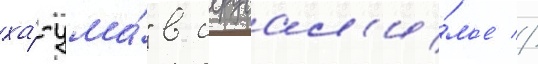
ха́-ума́" в иерусал'и́м'е //